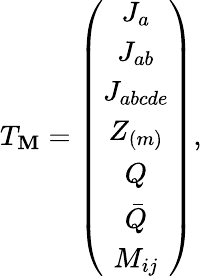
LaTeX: T_{\mathbf{M}}=\left(\begin{array}{c}{{J_{a}}}\\ {{J_{ab}}}\\ {{J_{abcde}}}\\ {{Z_{(m)}}}\\ {{Q}}\\ {{\bar{Q}}}\\ {{M_{ij}}}\end{array}\right),